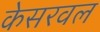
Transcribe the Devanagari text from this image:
केसरवल